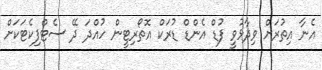
އެނާ އިތުރަށް ވިދާޅުވީ ފުޑް އެންޑް ޑުރަކް އޮތޯރިޓީން ހުއްދަ ދޭ ސެޓްފިކެޓަކަށް